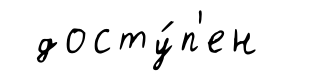
досту́п'ен